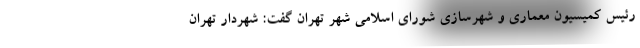
رئیس کمیسیون معماری و شهرسازی شورای اسلامی شهر تهران گفت: شهردار تهران